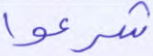
شرعوا